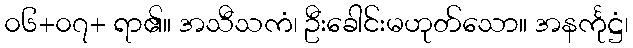
၀၆+၀၇+ ရာ၏။ အသီသကံ၊ ဦးခေါင်းမဟုတ်သော။ အနင်္ကုဋ္ဌံ၊